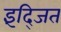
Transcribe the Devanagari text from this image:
इंद्जित